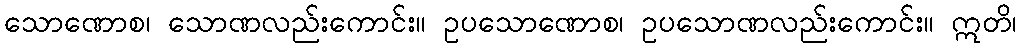
သောဏောစ၊ သောဏလည်းကောင်း။ ဥပသောဏောစ၊ ဥပသောဏလည်းကောင်း။ ဣတိ၊